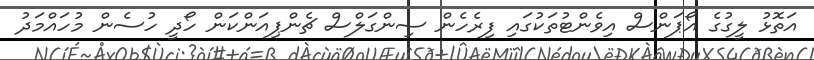
އަތޮޅު ލީގުގެ އޯޕަންސް އިވެންޓުތަކުގައި ފިރެހެން ސިންގަލްސް ޗެންޕިއަންކަން ހޯދީ ހުސެން މުހައްމަދު